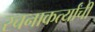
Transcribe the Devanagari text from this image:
रचनाकर्त्यांची